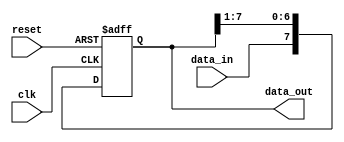
module SIPO_shift_register (
    input clk,
    input reset,
    input data_in,
    output reg [N-1:0] data_out
);

parameter N = 8; // Number of flip-flops in the shift register

reg [N-1:0] shift_reg;

// Shift register implementation
always @(posedge clk or posedge reset) begin
    if (reset) begin
        shift_reg <= {N{1'b0}};
    end else begin
        shift_reg <= {data_in, shift_reg[N-1:1]};
    end
end

// Output data assignment
assign data_out = shift_reg;

endmodule